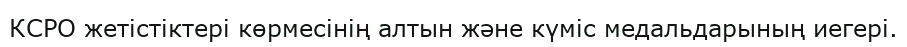
КСРО жетістіктері көрмесінің алтын және күміс медальдарының иегері.